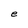
Character: e